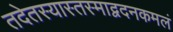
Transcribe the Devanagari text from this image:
तदेतस्यास्तस्माद्वदनकमलं